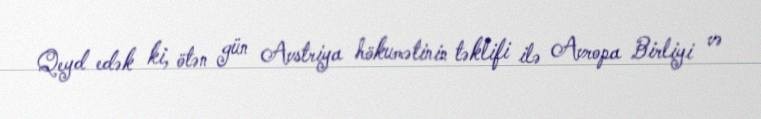
Qeyd edək ki, ötən gün Avstriya hökumətinin təklifi ilə Avropa Birliyi və